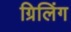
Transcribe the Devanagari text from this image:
ग्रिलिंग